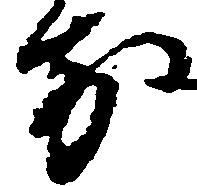
前